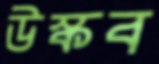
উস্‌কব